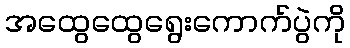
အထွေထွေရွေးကောက်ပွဲကို